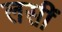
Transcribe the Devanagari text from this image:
लसीं